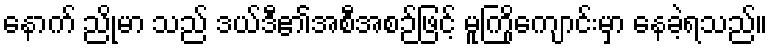
နောက် ညိုမာ သည် ဒယ်ဒီ၏အစီအစဉ်ဖြင့် မူကြိုကျောင်းမှာ နေခဲ့ရသည်။